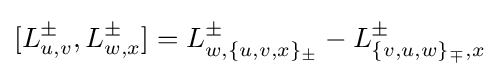
[L_{u,v}^{\pm },L_{w,x}^{\pm }]=L_{w,\{u,v,x\}_{\pm }}^{\pm }-L_{\{v,u,w\}_{\mp },x}^{\pm }